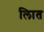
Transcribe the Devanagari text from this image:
लिात